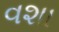
વશા